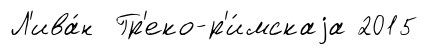
Л'ива́н Гр'еко-р'и́мскаjа 2015